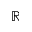
\mathbb { R }